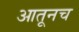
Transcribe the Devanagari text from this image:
आतूनच